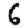
Digit: 6